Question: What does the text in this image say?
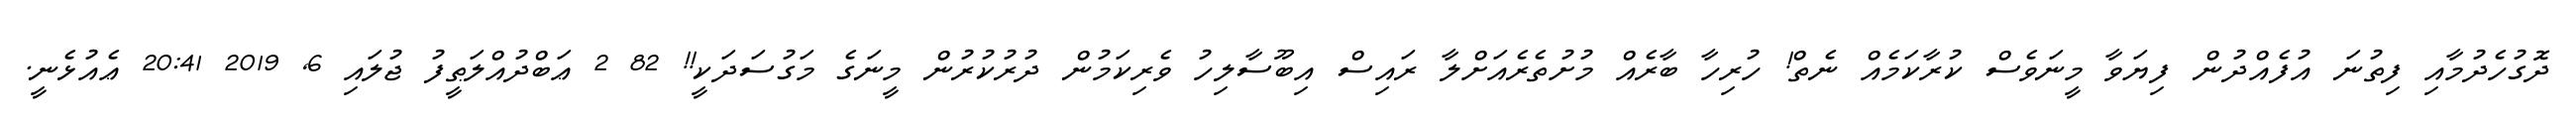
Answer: ދޮގުހެދުމާއި ފިތުނަ އުފެއްދުން ފިޔަވާ މީނަވެސް ކުރާކަމެއް ނެތް! ހުރިހާ ބާރެއް މުށުތެރެއަށްލާ ރައިސް އިބޫސާލިހު ވެރިކަމުން ދުރުކުރުން މީނަގެ މަގުސަދަކީ!! 82 2 ޢަބްދުއްލަޠީފު ޖުލައި 6, 2019 20:41 ޢެއުޅެނީ.